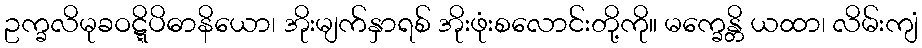
ဥက္ခလိမုခဝဋ္ဋိပိဓာနိယော၊ အိုးမျက်နှာရစ် အိုးဖုံးစလောင်းတို့ကို။ မက္ခေန္တိ ယထာ၊ လိမ်းကျံ